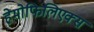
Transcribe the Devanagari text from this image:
हेमोफिलिएक्स